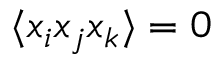
\langle x _ { i } x _ { j } x _ { k } \rangle = 0